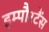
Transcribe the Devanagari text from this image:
इम्पौरटैंस